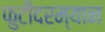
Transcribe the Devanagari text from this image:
फुटीदरम्यान